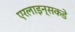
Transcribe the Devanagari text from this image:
एरलाइन्सकडे